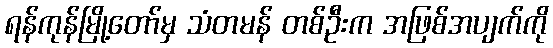
ရန်ကုန်မြို့တော်မှ သံတမန် တစ်ဦးက အဖြစ်အပျက်ကို